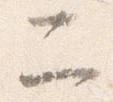
二